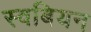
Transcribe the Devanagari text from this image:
स्वबियन